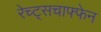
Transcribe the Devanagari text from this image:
रेच्ट्सचाफ्फेन